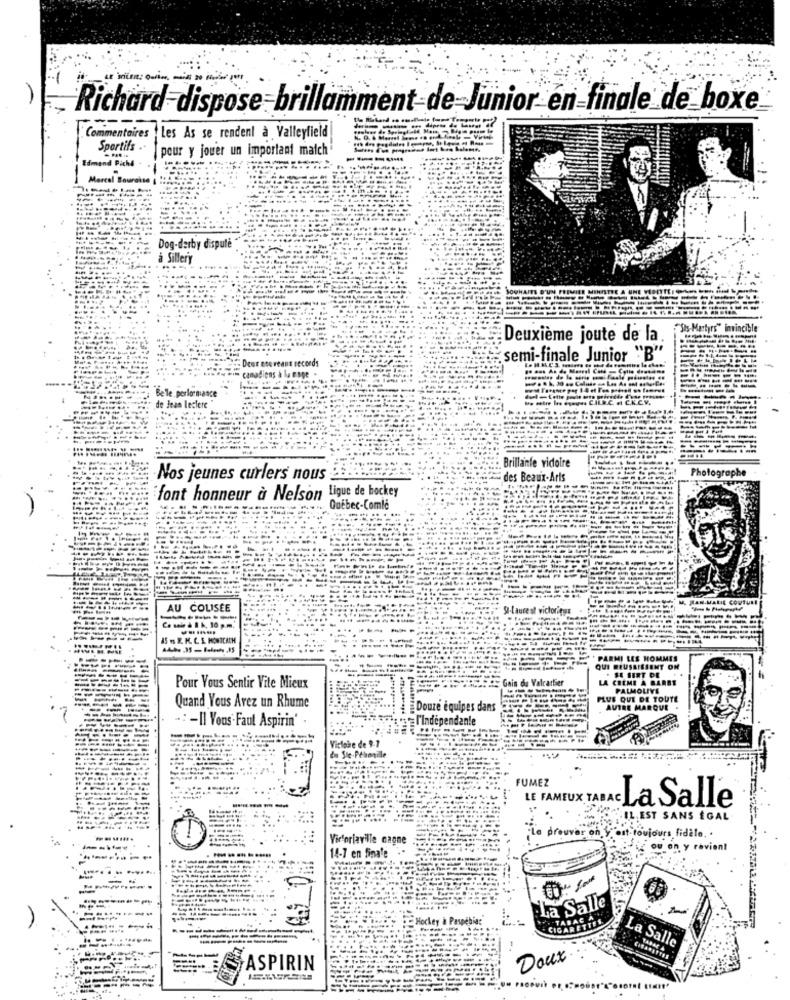
Richard dispose brillamment-de Junior en-finale de boxe
Commentaires . Les As se rendent à Valleyfield
Sportifs ..
pour y jouer un important match
dmand Piche
------.
Mercal B
Dog-derby dispute
à Sillery
"Sts-Martyrs" invincible
Deuxième joute de la.
Deer noe reant seconds
semi-finale Junior "B"
canadiens a lu Bage .
Be 'le performance
-
de Jean leclere
CIRC A CKEV.
=======
Brillante vidoire
Photographe
Nos jeunes curlers nous
des Beaux-Arts
font honneur à Nelson Lique de hockey
Québec-Comle
MAN.MALIE COUTURE
AU COLISÉE
SI-Laureat victorieux
Ce sele & 1 k, 10 p.m.
... ......
PARMI LES HOMMES
QUE MEUSSISSENT ON
SE SERT DE
Gain
d. Valcattier
LA CREME À BARBE
Pour Vous Sentir Vite Mieux
....
PALMOLIVE
PLUS QUE DE TOUTE
Quand Vous Avez un Rhume
Douze equipes dans
AUTRE MARQUE
.:- Il Vons-Faut Aspirin'
: l'indépendante
Viclohe de 9-7
-----
FUMEZ
LE FAMEUX TABAC La Salle
..........
F.IL EST SANS EGAL
.......
Virforiaville cagne
Le prouver on y ont toujours fidele. .
14-7 en finale
Az ou.on y revient
---
La Salle
.
Hockey & P
CIGARETTES
---------
La Salle
TABAR &
Doux
ASPIRIN
PROPU